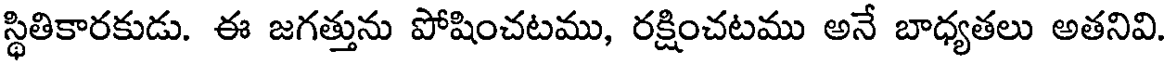
స్థితికారకుడు. ఈ జగత్తును పోషించటము, రక్షించటము అనే బాధ్యతలు అతనివి